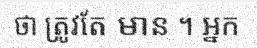
ថា ត្រូវតែ មាន ។ អ្នក